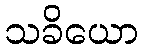
သခိယော